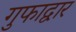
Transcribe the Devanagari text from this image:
गुफाद्वार